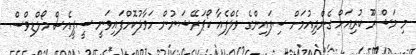
މި މަޝްރޫ ކުރިއަށް ގެންދިއުމަށް ސިފައިންގެ ވެލްފެއާ ކޯޕަރޭޝަނުން ހަވާލުކޮށްފައިވަނީ ސީޕީއެސް މޯލްޑިވްސް